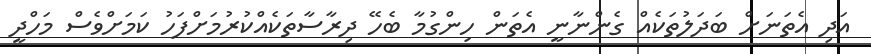
އަދި އެތަނަށް ބަދަލުތަކެއް ގެންނާނީ އެތަން ހިންގުމާ ބެހޭ ދިރާސާތަކެއްކުރުމަށްފަހު ކަމަށްވެސް މަހްދީ